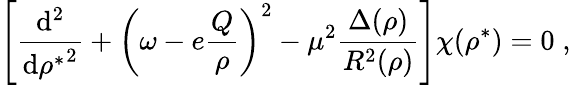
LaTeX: \left[\frac{\mathrm{d}^{2}}{{\mathrm{d}{\rho}^{*}}^{2}}+\left(\omega-e\frac{Q}{\rho}\right)^{2}-\mu^{2}\frac{\Delta(\rho)}{R^{2}(\rho)}\right]\chi({\rho}^{*})=0\; ,